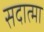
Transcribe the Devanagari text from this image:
सदात्मा